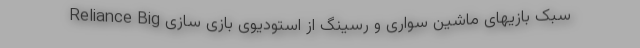
سبک بازیهای ماشین سواری و رسینگ از استودیوی بازی سازی Reliance Big